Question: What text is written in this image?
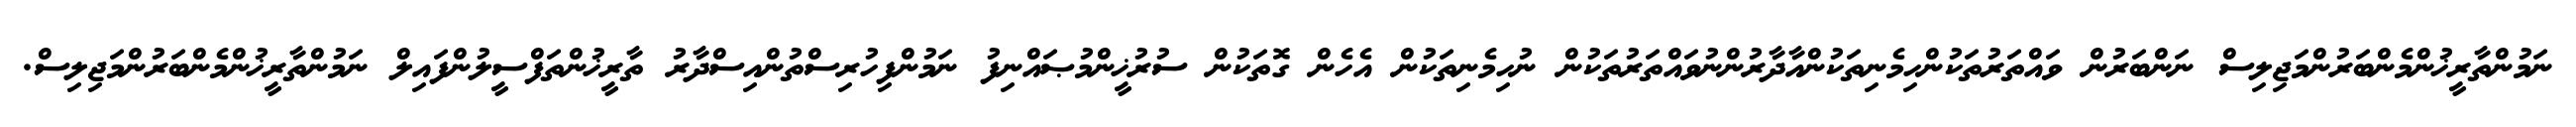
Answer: ނަމުންތާރީޚުންމެންބަރުންމަޖިލިސް ނަންބަރުން ވައްތަރުތަކުންހިމެނިތަކުންއާދާރުންނުވައްތަރުތަކުން ނުހިމެނިތަކުން އެހެން ގޮތަކުން ސުރުޚީންމުޞައްނިފު ނަމުންފިހުރިސްތުންއިސްދާރު ތާރީޚުންތަފްސީލުންފައިލް ނަމުންތާރީޚުންމެންބަރުންމަޖިލިސް.